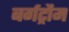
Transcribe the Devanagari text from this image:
बर्गट्रौम